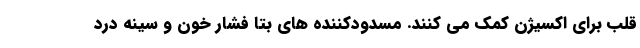
قلب برای اکسیژن کمک می کنند. مسدودکننده های بتا فشار خون و سینه درد